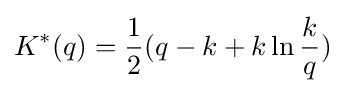
K^{*}(q)={\frac {1}{2}}(q-k+k\ln {\frac {k}{q}})